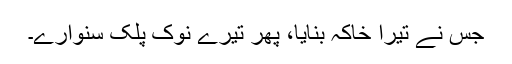
جس نے تیرا خاکہ بنایا، پھر تیرے نوک پلک سنوارے۔